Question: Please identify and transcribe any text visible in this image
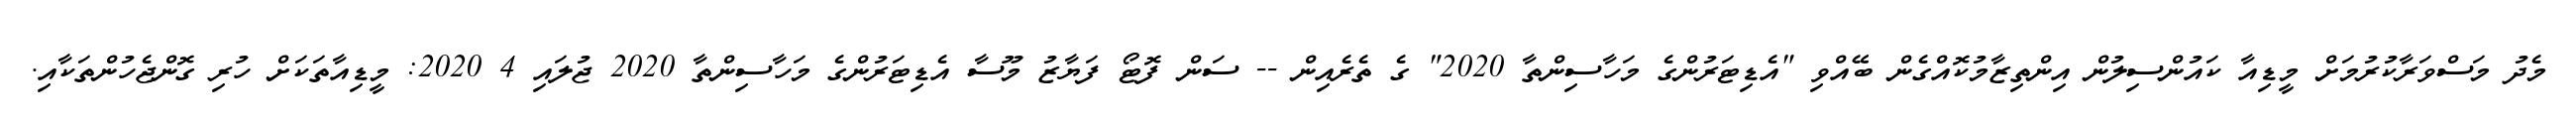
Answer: މެދު މަސްވަރާކުރުމަށް މީޑިއާ ކައުންސިލުން އިންތިޒާމުކޮއްގެން ބޭއްވި "އެޑިޓަރުންގެ މަހާސިންތާ 2020" ގެ ތެރެއިން -- ސަން ފޮޓޯ ފަޔާޒު މޫސާ އެޑިޓަރުންގެ މަހާސިންތާ 2020 ޖުލައި 4 2020: މީޑިއާތަކަށް ހުރި ގޮންޖެހުންތަކާއި.